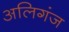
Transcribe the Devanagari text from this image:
अलिगंज